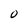
Character: O